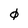
Character: 0